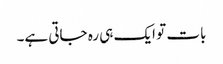
بات تو ایک ہی رہ جاتی ہے۔